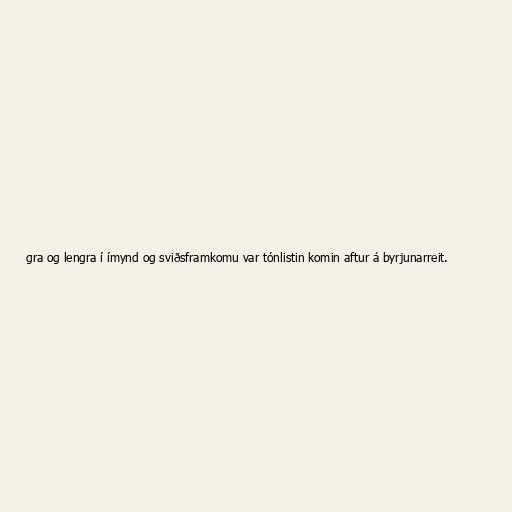
gra og lengra í ímynd og sviðsframkomu var tónlistin komin aftur á byrjunarreit.